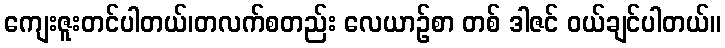
ကျေးဇူးတင်ပါတယ်၊တလက်စတည်း လေယာဉ်စာ တစ် ဒါဇင် ဝယ်ချင်ပါတယ်။